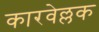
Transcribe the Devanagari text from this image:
कारवेल्लक